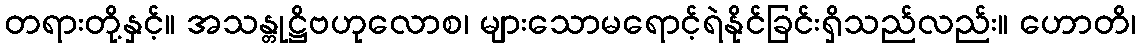
တရားတို့နှင့်။ အသန္တုဋ္ဌိဗဟုလောစ၊ များသောမရောင့်ရဲနိုင်ခြင်းရှိသည်လည်း။ ဟောတိ၊